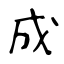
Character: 成